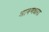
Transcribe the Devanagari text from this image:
श्रावणधारा